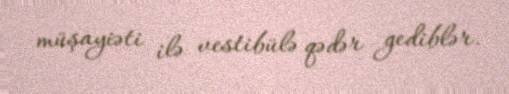
müşayiəti ilə vestibülə qədər gediblər.